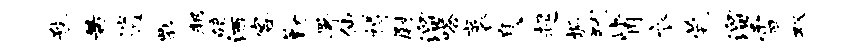
瞀芾逍瓢邦碚洒客勤署仙樽尉溜嗒袤息趄垢犹觜衣茕溜雪双